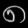
Digit: ၈